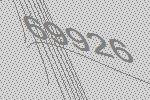
69926